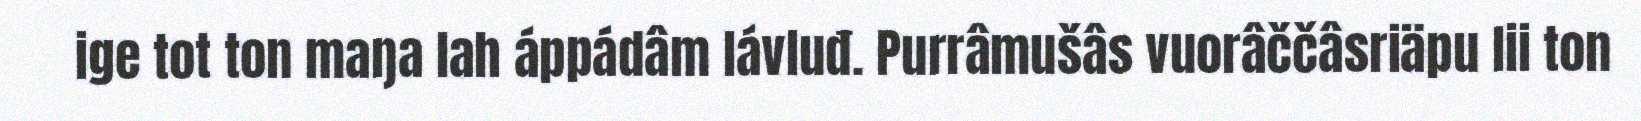
ige tot ton maŋa lah áppádâm lávluđ. Purrâmušâs vuorâččâsriäpu lii ton